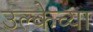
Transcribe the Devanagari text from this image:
उल्केच्या